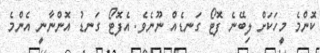
ކޮންމެ މީހަކަށް ލިބޭނެ ފޮޓޯ ގަނޑެއް ނޫނެވެ. އެފޮޓޯ ގަނޑު އޮންނާނީ އެންމެ